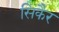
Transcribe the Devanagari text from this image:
सिकैर